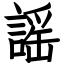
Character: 謡